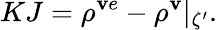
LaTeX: KJ=\rho^{\mathbf{v}e}-\rho^{\mathbf{v}}\vert_{\zeta^{\prime}}.